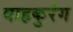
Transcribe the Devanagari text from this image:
वाहकुरंग